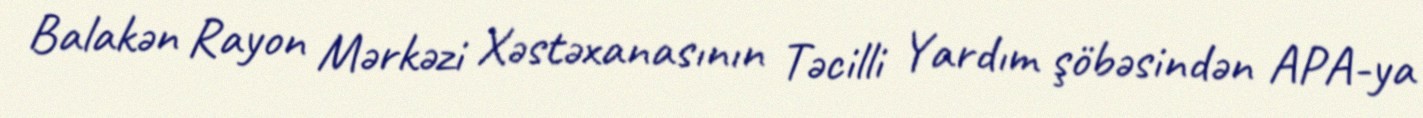
Balakən Rayon Mərkəzi Xəstəxanasının Təcilli Yardım şöbəsindən APA-ya